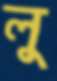
লু